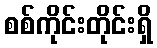
စစ်ကိုင်းတိုင်းရှိ